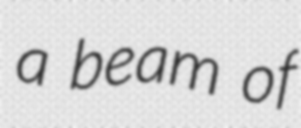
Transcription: a beam of